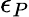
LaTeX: \epsilon_{P}